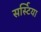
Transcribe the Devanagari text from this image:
सर्स्टिया